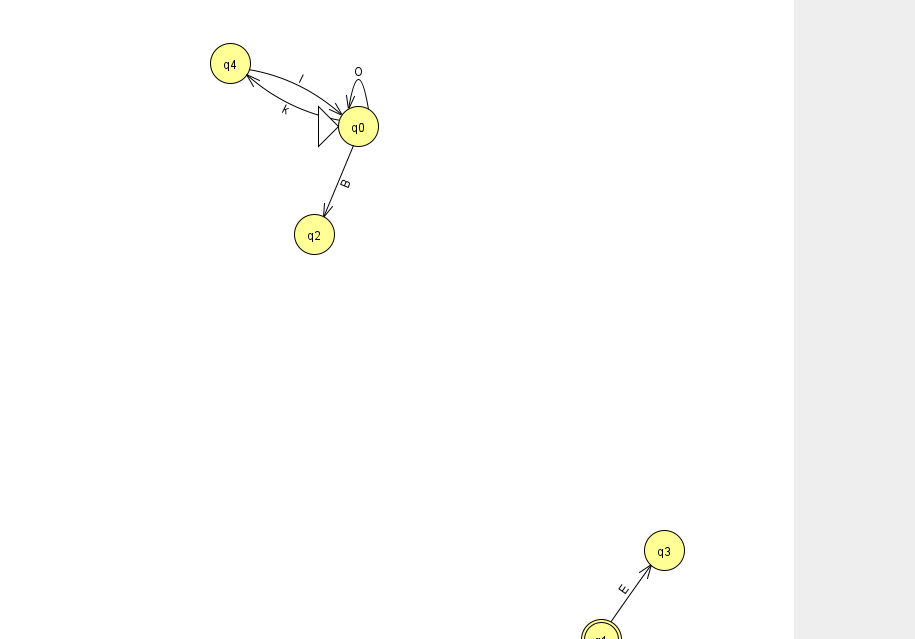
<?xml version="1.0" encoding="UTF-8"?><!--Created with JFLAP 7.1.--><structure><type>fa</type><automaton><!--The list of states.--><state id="0" name="q0"><x>358.0</x><y>113.0</y><initial/></state><state id="1" name="q1"><x>601.0</x><y>626.0</y><final/></state><state id="2" name="q2"><x>314.0</x><y>221.0</y></state><state id="3" name="q3"><x>664.0</x><y>537.0</y></state><state id="4" name="q4"><x>230.0</x><y>50.0</y></state><!--The list of transitions.--><transition><from>4</from><to>0</to><read>l</read></transition><transition><from>0</from><to>2</to><read>B</read></transition><transition><from>0</from><to>4</to><read>k</read></transition><transition><from>0</from><to>0</to><read>O</read></transition><transition><from>1</from><to>3</to><read>E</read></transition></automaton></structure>